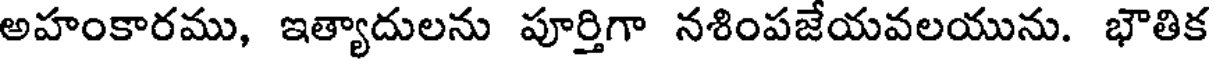
అహంకారము, ఇత్యాదులను పూర్తిగా నశింపజేయవలయును. భౌతిక